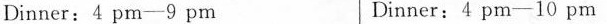
Dinner：4 pm-9 pm Dinner：4 pm-10 pm